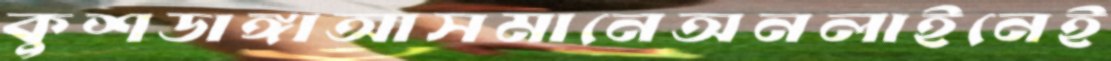
কুশডাঙ্গাআসমানেঅনলাইনেই